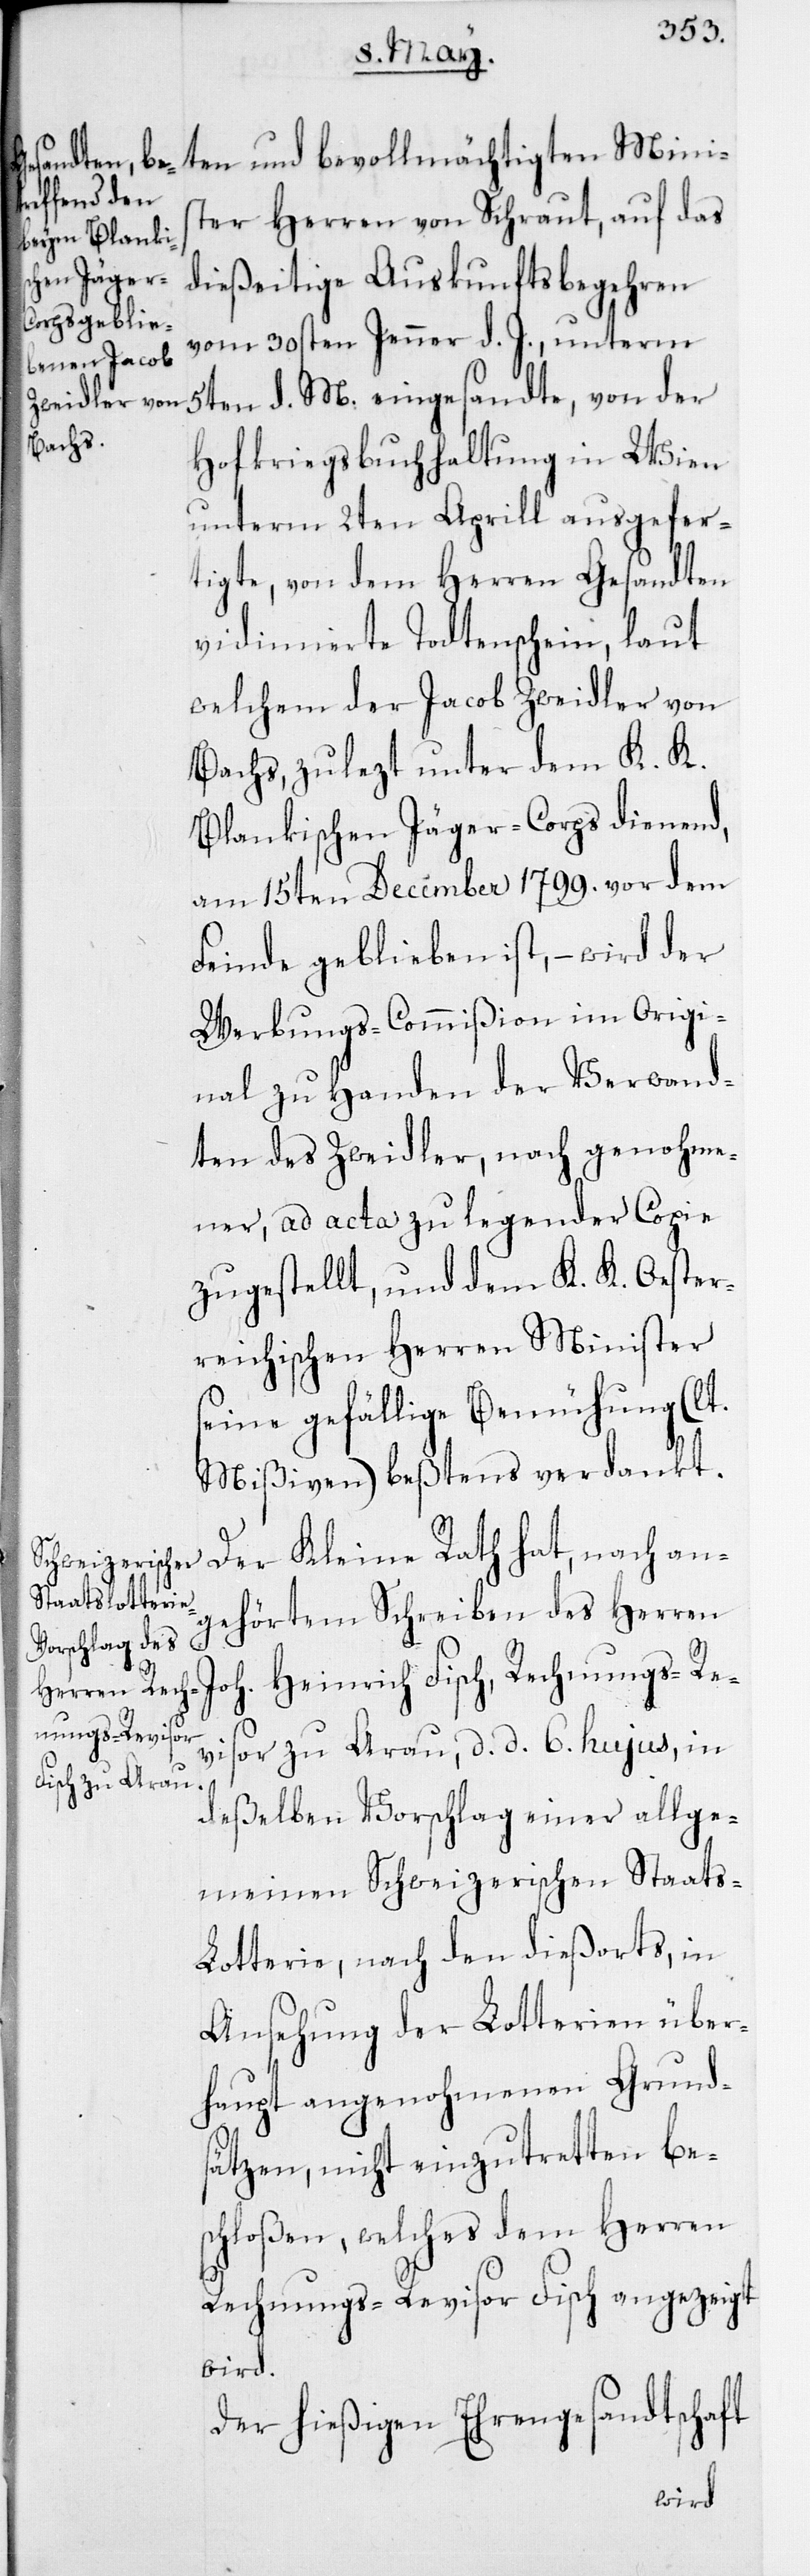
ten und bevollmächtigten Minis¬
ter Herren von Schraut, auf das
dießeitige Auskunftsbegehren
vom 30sten Jenner d. J., unterm
5ten d. M. eingesandte, von der
Rech¬
Hofkriegsbuchhaltung in Wien
unterm 2ten Aprill ausgefer¬
tigte, von dem Herren Gesandten
vidimierte Todtenschein, laut
welchem der Jacob Zweidler von
Bachs, zulezt unter dem K. K.
Blankischen Jäger-Corps dienend,
am 15ten December 1799. vor dem
Feinde geblieben ist, – wird der
Werbungs-Commißion im Origi¬
nal zu Handen der Verwand¬
ten des Zweidler, nach genohme¬
ner, ad acta zu legender Copie
zugestellt, und dem K. K. Oester¬
reichischen Herren Minister
seine gefällige Bemühung (lt.
Mißiven) beßtens verdankt.
Der Kleine Rath hat, nach an¬
gehörtem Schreiben des Herren
nungs-Revisor
deßelben Vorschlag einer allge¬
meinen Schweizerischen Staats-L¬
otterie, nach den dießorts, in
Ansehung der Lotterien über¬
haupt angenohmenen Grunds¬
ätzen, nicht einzutretten be¬
schloßen, welches dem Herren
Rechnungs-Revisor Fisch angezeigt
wird.
Der hießigen Ehrengesandtschaft